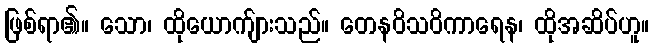
ဖြစ်ရာ၏။ သော၊ ထိုယောက်ျားသည်။ တေနဝိသဝိကာရေန၊ ထိုအဆိပ်ဟူ။